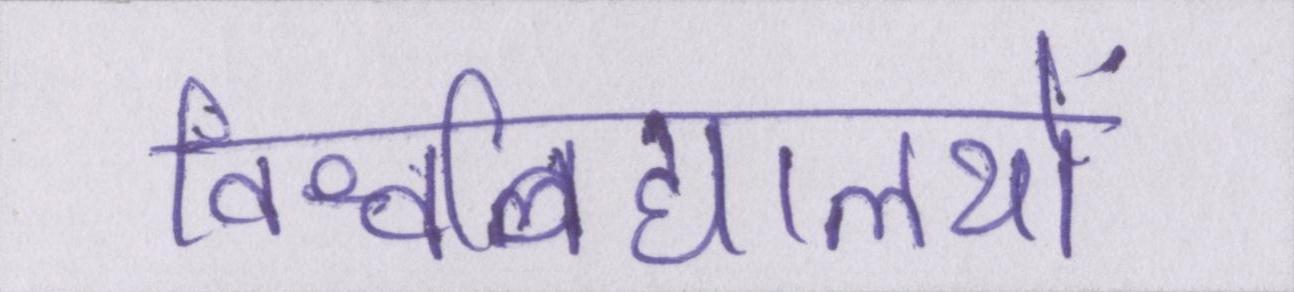
विश्वविद्यालयों